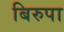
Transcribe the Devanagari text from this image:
बिरुपा